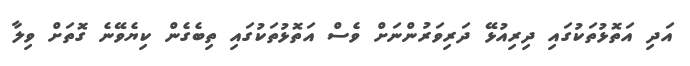
އަދި އަތޮޅުތަކުގައި ދިރިއުޅޭ ދަރިވަރުންނަށް ވެސް އަތޮޅުތަކުގައި ތިބެގެން ކިޔެވޭނެ ގޮތަށް ވިލާ